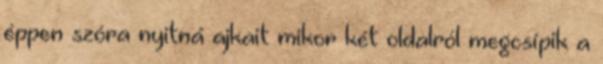
éppen szóra nyitná ajkait mikor két oldalról megcsípik a